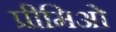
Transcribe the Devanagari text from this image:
प्रीमिओ